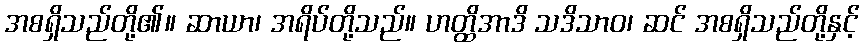
အစရှိသည်တို့၏။ ဆာယာ၊ အရိပ်တို့သည်။ ဟတ္ထိအာဒိ သဒိသာဝ၊ ဆင် အစရှိသည်တို့နှင့်